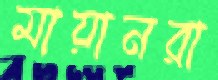
মায়ানরা